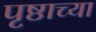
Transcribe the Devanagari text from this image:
पृष्ठाच्या